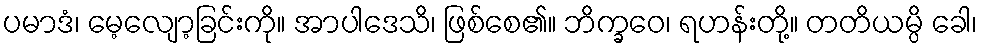
ပမာဒံ၊ မေ့လျော့ခြင်းကို။ အာပါဒေသိ၊ ဖြစ်စေ၏။ ဘိက္ခဝေ၊ ရဟန်းတို့။ တတိယမ္ပိ ခေါ၊